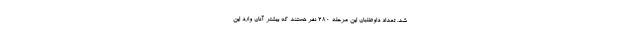
شد. تعداد داوطلبان این مرحله ۲۸۰ نفر هستند که بیشتر آنان وارد این